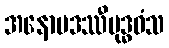
အနောမဒဿီဗုဒ္ဓဝံသ